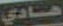
هادي